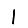
Digit: 1